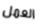
العمل